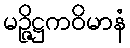
မဉ္ဇိဋ္ဌကဝိမာနံ